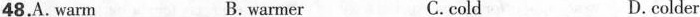
48.A. Warm B. warmer C.cold D. colder